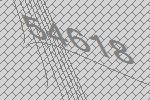
54618